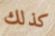
كذلك